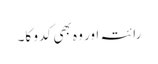
رائتہ اور وہ بھی کدو کا۔